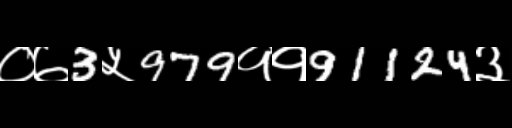
Text: ०७3५979११91124३